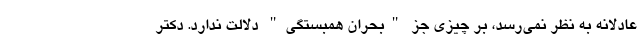
عادلانه به نظر نمی‌رسد، بر چیزی جز "بحران همبستگی" دلالت ندارد. دکتر